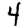
Digit: 4